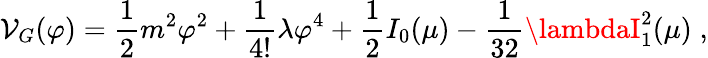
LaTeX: {\cal\mathcal{V}}_{G}(\varphi)={\frac{{1}}{{2}}}m^{2}\varphi^{2}+{\frac{{1}}{{4!}}}\lambda\varphi^{4}+{\frac{{1}}{{2}}}I_{0}(\mu)-{\frac{{1}}{{32}}}\lambdaI_{1}^{2}(\mu)\; ,